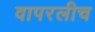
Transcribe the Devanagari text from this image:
वापरलीच